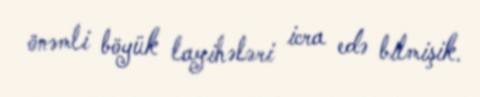
önəmli böyük layihələri icra edə bilmişik.